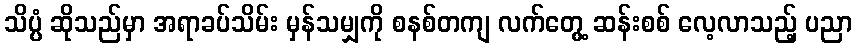
သိပ္ပံ ဆိုသည်မှာ အရာခပ်သိမ်း မှန်သမျှကို စနစ်တကျ လက်တွေ့ ဆန်းစစ် လေ့လာသည့် ပညာ